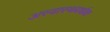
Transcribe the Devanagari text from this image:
अस्वास्थवर्धक